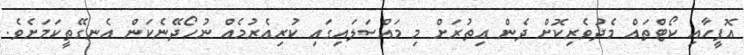
އޮފީހާއި ކޯޓްތައް މެދުވެރިކޮށް ދެން އިތުރަށް މި މައްސަލައިގައި ކުރިއެރުމެއް ނުހޯދޭނެކަން އެނގޭތީކަމަށެވެ.